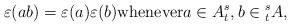
LaTeX: \begin{align*}\varepsilon(ab) = \varepsilon(a)\varepsilon(b)\textrm{whenever}a\in A_t^s,b\in {}^s_tA,\end{align*}